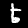
Digit: 5